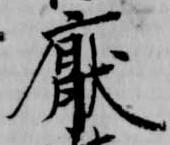
厭